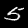
Digit: 5